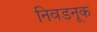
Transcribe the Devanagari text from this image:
निवडनूक